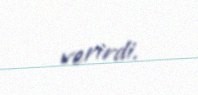
verirdi.